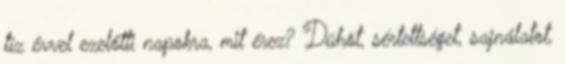
tíz évvel ezelőtti napokra, mit érez? Dühöt, sértettséget, sajnálatot,